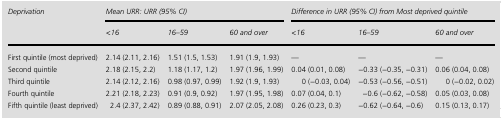
<table><thead><tr><td rowspan="2"><b>Deprivation</b></td><td colspan="3"><b>Mean URR: URR (95% CI)</b></td><td colspan="3"><b>Difference in URR (95% CI) from Most deprived quintile</b></td></tr><tr><td><b>&lt;16</b></td><td><b>16–59</b></td><td><b>60 and over</b></td><td><b>&lt;16</b></td><td><b>16–59</b></td><td><b>60 and over</b></td></tr></thead><tbody><tr><td>First quintile (most deprived)</td><td>2.14 (2.11, 2.16)</td><td>1.51 (1.5, 1.53)</td><td>1.91 (1.9, 1.93)</td><td>—</td><td>—</td><td>—</td></tr><tr><td>Second quintile</td><td>2.18 (2.15, 2.2)</td><td>1.18 (1.17, 1.2)</td><td>1.97 (1.96, 1.99)</td><td>0.04 (0.01, 0.08)</td><td>−0.33 (−0.35, −0.31)</td><td>0.06 (0.04, 0.08)</td></tr><tr><td>Third quintile</td><td>2.14 (2.12, 2.16)</td><td>0.98 (0.97, 0.99)</td><td>1.92 (1.9, 1.93)</td><td>0 (−0.03, 0.04)</td><td>−0.53 (−0.56, −0.51)</td><td>0 (−0.02, 0.02)</td></tr><tr><td>Fourth quintile</td><td>2.21 (2.18, 2.23)</td><td>0.91 (0.9, 0.92)</td><td>1.97 (1.95, 1.98)</td><td>0.07 (0.04, 0.1)</td><td>−0.6 (−0.62, −0.58)</td><td>0.05 (0.03, 0.08)</td></tr><tr><td>Fifth quintile (least deprived)</td><td>2.4 (2.37, 2.42)</td><td>0.89 (0.88, 0.91)</td><td>2.07 (2.05, 2.08)</td><td>0.26 (0.23, 0.3)</td><td>−0.62 (−0.64, −0.6)</td><td>0.15 (0.13, 0.17)</td></tr></tbody></table>